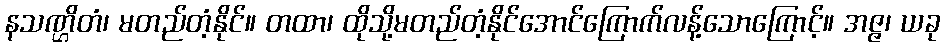
နသဏ္ဌိတံ၊ မတည်တံ့နိုင်။ တထာ၊ ထိုသို့မတည်တံ့နိုင်အောင်ကြောက်လန့်သောကြောင့်။ အဇ္ဇ၊ ယခု